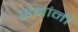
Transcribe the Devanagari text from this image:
संज्ञांनी